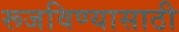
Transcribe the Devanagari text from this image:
रूजविण्यासाठी